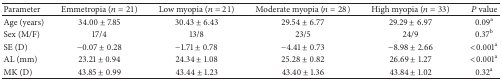
| Parameter | Emmetropia (n = 21) | Low myopia (n = 21) | Moderate myopia (n = 28) | High myopia (n = 33) | P value |
 | --- | --- | --- | --- | --- | --- |
 | Age (years) | 34.00 ± 7.85 | 30.43 ± 6.43 | 29.54 ± 6.77 | 29.29 ± 6.97 | 0.09a |
 | Sex (M/F) | 17/4 | 13/8 | 23/5 | 24/9 | 0.37b |
 | SE (D) | −0.07 ± 0.28 | −1.71 ± 0.78 | −4.41 ± 0.73 | −8.98 ± 2.66 | <0.001a |
 | AL (mm) | 23.21 ± 0.94 | 24.34 ± 1.08 | 25.28 ± 0.82 | 26.69 ± 1.27 | <0.001a |
 | MK (D) | 43.85 ± 0.99 | 43.44 ± 1.23 | 43.40 ± 1.36 | 43.84 ± 1.02 | 0.32a |